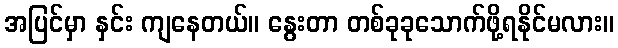
အပြင်မှာ နှင်း ကျနေတယ်။ နွေးတာ တစ်ခုခုသောက်ဖို့ရနိုင်မလား။